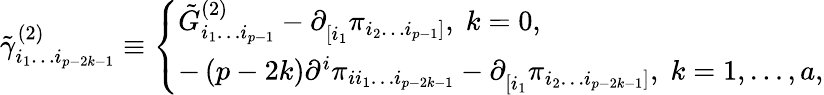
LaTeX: \tilde{\gamma}_{i_{1}\ldots i_{p-2k-1}}^{(2)}\equiv\left\{ \begin{array}{l}{{\tilde{G}_{i_{1}\ldots i_{p-1}}^{(2)}-\partial_{\left[i_{1}\right.}^{}\pi_{\left.i_{2}\ldots i_{p-1}\right]},\; k=0,}}\\ {{-\left(p-2k\right)\partial^{i}\pi_{ii_{1}\ldots i_{p-2k-1}}-\partial_{\left[i_{1}\right.}^{}\pi_{\left.i_{2}\ldots i_{p-2k-1}\right]},\; k=1,\ldots,a,}}\end{array}\right.